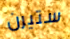
ستيرن